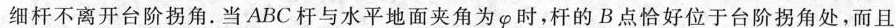
细杆不离开台阶拐角。当ABC杆与水平地面夹角为\varphi 时，杆的B点恰好位于台阶拐角处，而且